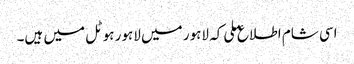
اسی شام اطلاع ملی کہ لاہور میں لاہور ہوٹل میں ہیں۔